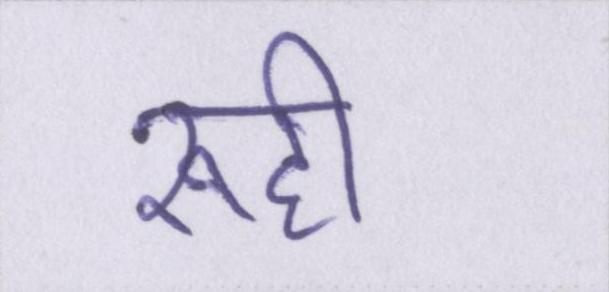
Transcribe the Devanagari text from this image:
रूही